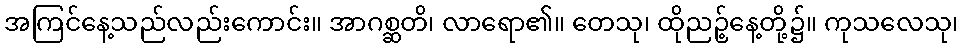
အကြင်နေ့သည်လည်းကောင်း။ အာဂစ္ဆတိ၊ လာရော၏။ တေသု၊ ထိုညဉ့်နေ့တို့၌။ ကုသလေသု၊